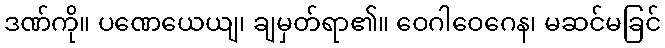
ဒဏ်ကို။ ပဏေယေယျ၊ ချမှတ်ရာ၏။ ဝေဂါဝေဂေန၊ မဆင်မခြင်